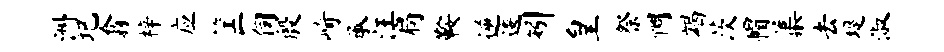
洲圯翕梓应筐伺殷崎承汪扃鞍逆逶矧皇祭惆竭茨帽蕖去堤淑